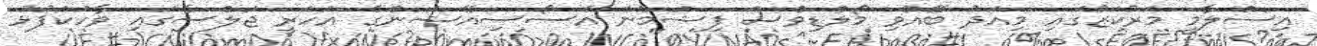
އިސްލާމީ މަރުކަޒުގައި މިއަދު ބޭއްވި މޯލްޑިވްސް ފިޝަމެން އެސޯސިއޭޝަންގެ އަހަރީ ޖަލްސާގައި ވާހަކަފުޅު